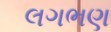
લગભણ